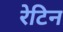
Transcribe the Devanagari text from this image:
रेटिन